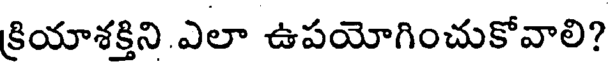
క్రియాశక్తిని ఎలా ఉపయోగించుకోవాలి?